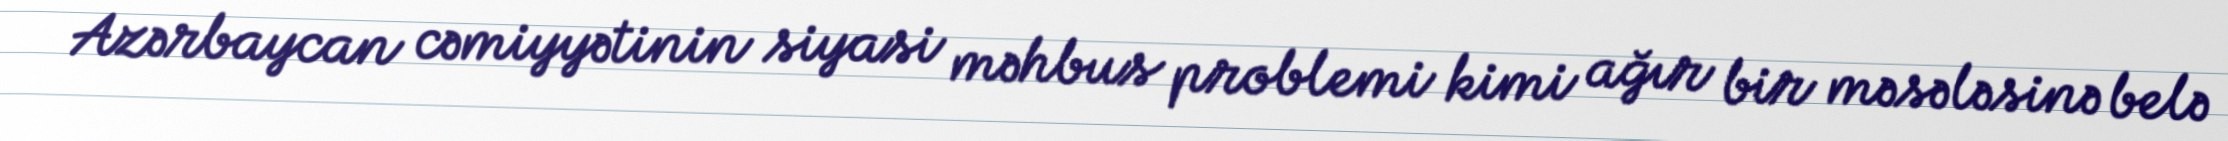
Azərbaycan cəmiyyətinin siyasi məhbus problemi kimi ağır bir məsələsinə belə